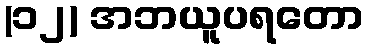
(၁၂) အဘယူပရတော